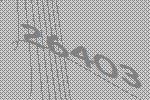
26403